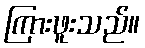
ကြားဖူးသည်။